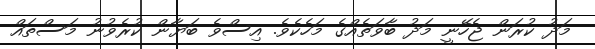
މަދު ކުރަން ޖެހޭނީ މަދު ބާވަތެއްގެ މަހެކެވެ. އިސްވެ ބަޔާން ކުރެވުނު މަސްތައް